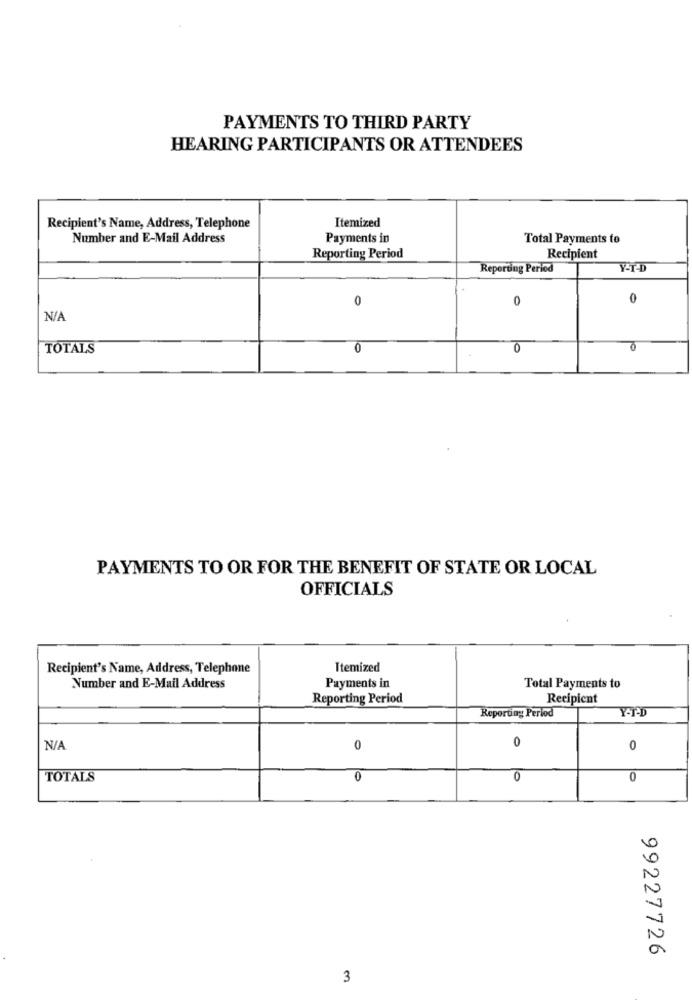
PAYMENTS TO THIRD PARTY
HEARING PARTICIPANTS OR ATTENDEES
Itemized
Recipient's Name, Address, Telephone
Number and E-Mail Address
Payments in
Total Payments to
Reporting Period
Recipient
Reporting Period
Y-I-D
0
0
0
TOTALS
0
0
0
PAYMENTS TO OR FOR THE BENEFIT OF STATE OR LOCAL
OFFICIALS
Recipient's Name, Address, Telephone
Itemized
Number and E-Mail Address
Payments in
Total Payments to
Reporting Period
Recipient
Reporting Period
Y-T-D
0
0
0
TOTALS
0
0
0
99227726
3